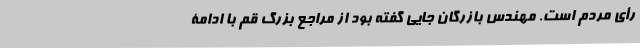
رأی مردم است. مهندس بازرگان جایی گفته بود از مراجع بزرگ قم با ادامۀ